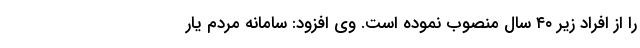
را از افراد زیر ۴۰ سال منصوب نموده است. وی افزود: سامانه مردم یار